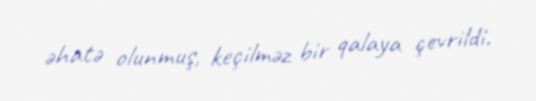
əhatə olunmuş, keçilməz bir qalaya çevrildi.